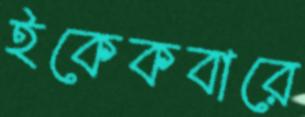
ইকেকবারে